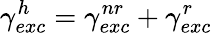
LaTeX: \gamma_{exc}^{h}=\gamma_{exc}^{nr}+\gamma_{exc}^{r}